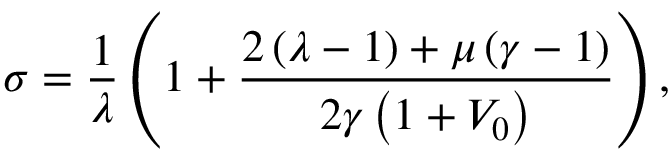
\sigma = \frac { 1 } { \lambda } \left( 1 + \frac { 2 \left( \lambda - 1 \right) + \mu \left( \gamma - 1 \right) } { 2 \gamma \left( 1 + V _ { 0 } \right) } \right) ,